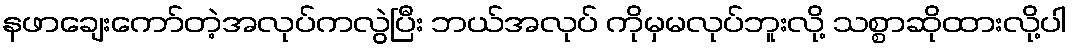
နဖာချေးကော်တဲ့အလုပ်ကလွဲပြီး ဘယ်အလုပ် ကိုမှမလုပ်ဘူးလို့ သစ္စာဆိုထားလို့ပါ